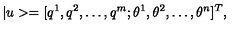
| u > = [ q ^ { 1 } , q ^ { 2 } , \dots , q ^ { m } ; \theta ^ { 1 } , \theta ^ { 2 } , \dots , \theta ^ { n } ] ^ { T } ,